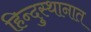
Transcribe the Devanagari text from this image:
हिन्दुस्थानात